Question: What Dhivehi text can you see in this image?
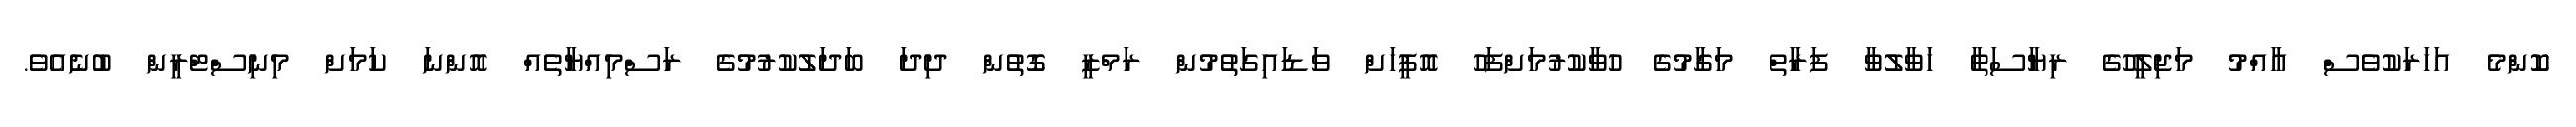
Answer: ކޮންމެ އަހަރަކުވެސް އާއްމު މަޖިލީހުގެ ރިޔާސަތާ ހަވާލުވާ ފަރާތް މަގާމުގެ ހުވާކުރުމަށްފަހު އޮފީހަށް ވަޑައިގަތުމުން ރަމްޒީ ގޮތުން ދިދަ ބަދަލުކުރުމުގެ ރަސްމިއްޔާތެއް އޮންނަ ކަމަށް މިނިސްޓްރީން ބުނެއެވެ.